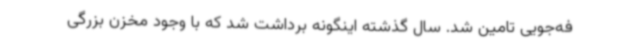
فه‌جویی تامین شد. سال گذشته اینگونه برداشت شد که با وجود مخزن بزرگی